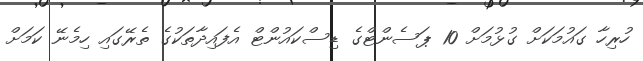
ހުރިހާ ގައުމަކަށް ގުޅުމަށް 10 ޕަސެންޓްގެ ޑިސްކައުންޓް އެފައިދާތަކުގެ ތެރޭގައި ހިމެނޭ ކަމަށް